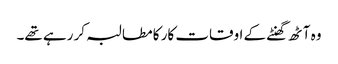
وہ آٹھ گھنٹے کے اوقات کار کا مطالبہ کر رہے تھے۔